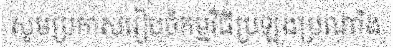
សូមប្រកាសរៀបចំកម្មវិធីប្រឡងប្រណាំង